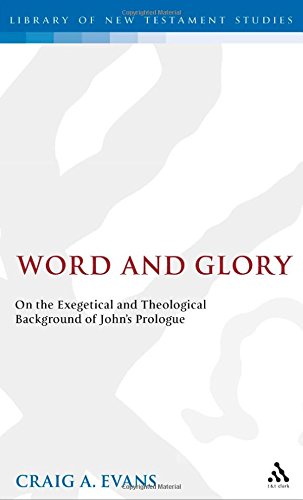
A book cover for Word and Glory: On the Exegetical and Theological Background of John's Prologue (The Library of New Testament Studies); Craig A. Evans; Christian Books & Bibles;